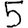
Digit: 5